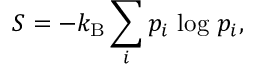
S = - k _ { \mathrm { B } } \sum _ { i } p _ { i } \, \log \, p _ { i } ,